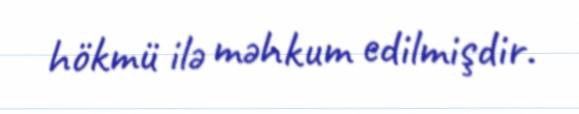
hökmü ilə məhkum edilmişdir.